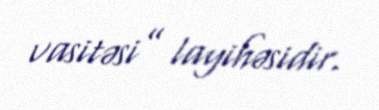
vasitəsi” layihəsidir.